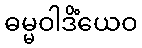
ဓမ္မဝါဒိံယေဝ